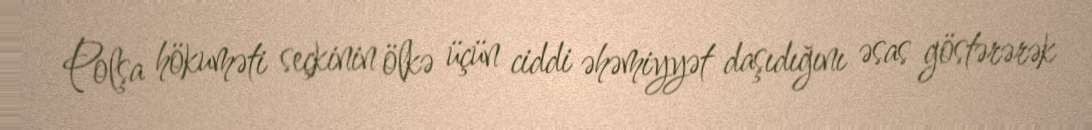
Polşa hökuməti seçkinin ölkə üçün ciddi əhəmiyyət daşıdığını əsas göstərərək